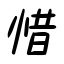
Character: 惜